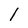
Character: 1